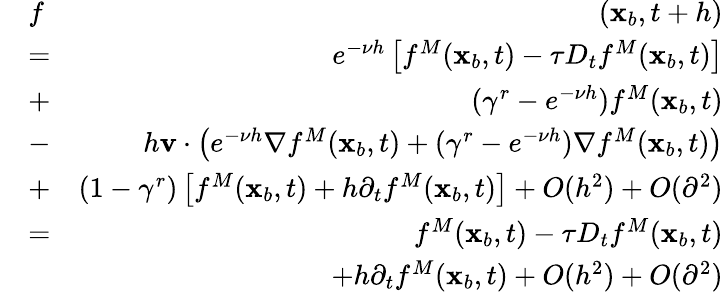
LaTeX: \begin{array}{rlr}&{f}&{(\mathbf x_{b},t+h)}\\ &{=}&{e^{-\nu h}\left[f^{M}(\mathbf x_{b},t)-\tau D_{t}f^{M}(\mathbf x_{b},t)\right]}\\ &{+}&{(\gamma^{r}-e^{-\nu h})f^{M}(\mathbf x_{b},t)}\\ &{-}&{h\mathbf v\cdot\left(e^{-\nu h}\nabla f^{M}(\mathbf x_{b},t)+(\gamma^{r}-e^{-\nu h})\nabla f^{M}(\mathbf x_{b},t)\right)}\\ &{+}&{(1-\gamma^{r})\left[f^{M}(\mathbf x_{b},t)+h\partial_{t}f^{M}(\mathbf x_{b},t)\right]+O(h^{2})+O(\partial^{2})}\\ &{=}&{f^{M}(\mathbf x_{b},t)-\tau D_{t}f^{M}(\mathbf x_{b},t)}\\ &{}&{+h\partial_{t}f^{M}(\mathbf x_{b},t)+O(h^{2})+O(\partial^{2})}\end{array}